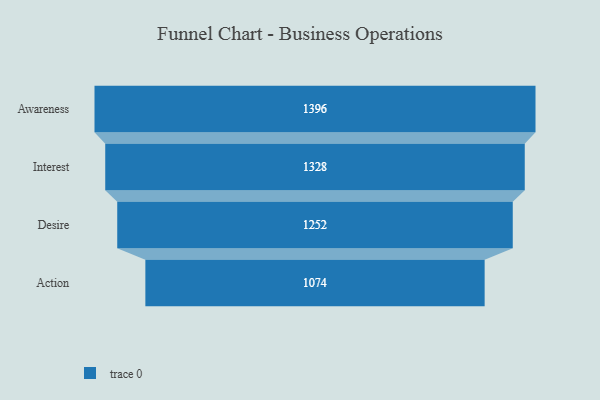
{"axis": {"x": "Stage", "y": "Value"}, "legend": [""], "data": [{"x": "Awareness", "y": 1396.0, "type": ""}, {"x": "Interest", "y": 1328.0, "type": ""}, {"x": "Desire", "y": 1252.0, "type": ""}, {"x": "Action", "y": 1074.0, "type": ""}]}